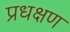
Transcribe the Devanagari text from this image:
प्रधक्षण